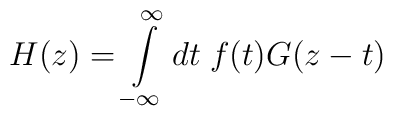
H(z)=\int\limits_{-\infty}^{\infty}dt\;f(t)G(z-t)